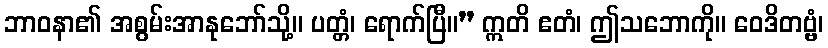
ဘာဝနာ၏ အစွမ်းအာနုဘော်သို့။ ပတ္တံ၊ ရောက်ပြီ။” ဣတိ ဧတံ၊ ဤသဘောကို။ ဝေဒိတဗ္ဗံ၊